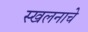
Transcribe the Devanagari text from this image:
स्खलनाचे